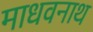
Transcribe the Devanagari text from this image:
माधवनाथ